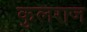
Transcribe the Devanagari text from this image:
कुलराज